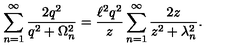
\sum _ { n = 1 } ^ { \infty } \frac { 2 q ^ { 2 } } { q ^ { 2 } + \Omega _ { n } ^ { 2 } } = \frac { \ell ^ { 2 } q ^ { 2 } } { z } \sum _ { n = 1 } ^ { \infty } \frac { 2 z } { z ^ { 2 } + \lambda _ { n } ^ { 2 } } .